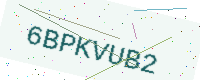
Text: 6BPKVUB2